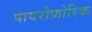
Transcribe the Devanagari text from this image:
पायरोफ़ोरिक